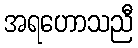
အရဟောသညီ